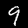
Digit: 9